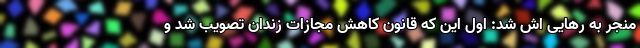
منجر به رهایی اش شد: اول این که قانون کاهش مجازات زندان تصویب شد و